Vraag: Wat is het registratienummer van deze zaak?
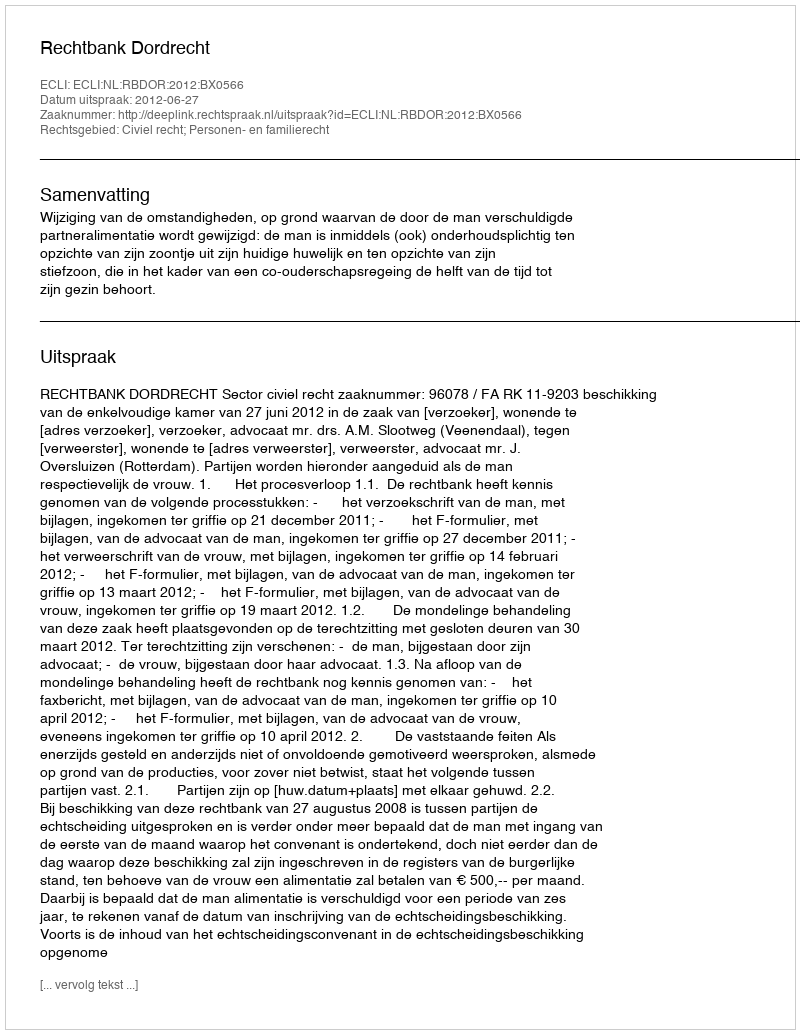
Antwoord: http://deeplink.rechtspraak.nl/uitspraak?id=ECLI:NL:RBDOR:2012:BX0566